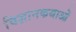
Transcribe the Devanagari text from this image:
विज्ञानकथाओं